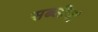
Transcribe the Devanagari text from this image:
सब्जीयां